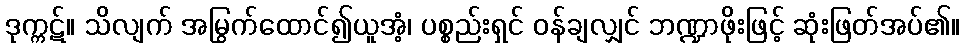
ဒုက္ကဋ်။ သိလျက် အမြွက်ထောင်၍ယူအံ့၊ ပစ္စည်းရှင် ဝန်ချလျှင် ဘဏ္ဍာဖိုးဖြင့် ဆုံးဖြတ်အပ်၏။